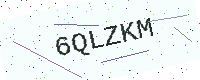
Text: 6QLZKM